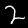
Label: 2